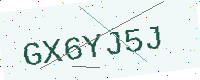
Text: GX6YJ5J